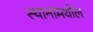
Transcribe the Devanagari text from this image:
स्थानांमधील